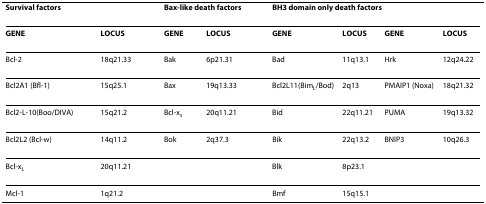
<table><thead><tr><td colspan="2"><b>Survival factors</b></td><td></td><td colspan="2"><b>Bax-like death factors</b></td><td></td><td colspan="4"><b>BH3 domain only death factors</b></td></tr></thead><tbody><tr><td><b>GENE</b></td><td><b>LOCUS</b></td><td></td><td><b>GENE</b></td><td><b>LOCUS</b></td><td></td><td><b>GENE</b></td><td><b>LOCUS</b></td><td><b>GENE</b></td><td><b>LOCUS</b></td></tr><tr><td>Bcl-2</td><td>18q21.33</td><td></td><td>Bak</td><td>6p21.31</td><td></td><td>Bad</td><td>11q13.1</td><td>Hrk</td><td>12q24.22</td></tr><tr><td>Bcl2A1 (Bfl-1)</td><td>15q25.1</td><td></td><td>Bax</td><td>19q13.33</td><td></td><td>Bcl2L11(Bim<sub>L</sub>/Bod)</td><td>2q13</td><td>PMAIP1 (Noxa)</td><td>18q21.32</td></tr><tr><td>Bcl2-L-10(Boo/DIVA)</td><td>15q21.2</td><td></td><td>Bcl-x<sub>s</sub></td><td>20q11.21</td><td></td><td>Bid</td><td>22q11.21</td><td>PUMA</td><td>19q13.32</td></tr><tr><td>Bcl2L2 (Bcl-w)</td><td>14q11.2</td><td></td><td>Bok</td><td>2q37.3</td><td></td><td>Bik</td><td>22q13.2</td><td>BNIP3</td><td>10q26.3</td></tr><tr><td>Bcl-x<sub>L</sub></td><td>20q11.21</td><td></td><td></td><td></td><td></td><td>Blk</td><td>8p23.1</td><td></td><td></td></tr><tr><td>Mcl-1</td><td>1q21.2</td><td></td><td></td><td></td><td></td><td>Bmf</td><td>15q15.1</td><td></td><td></td></tr></tbody></table>